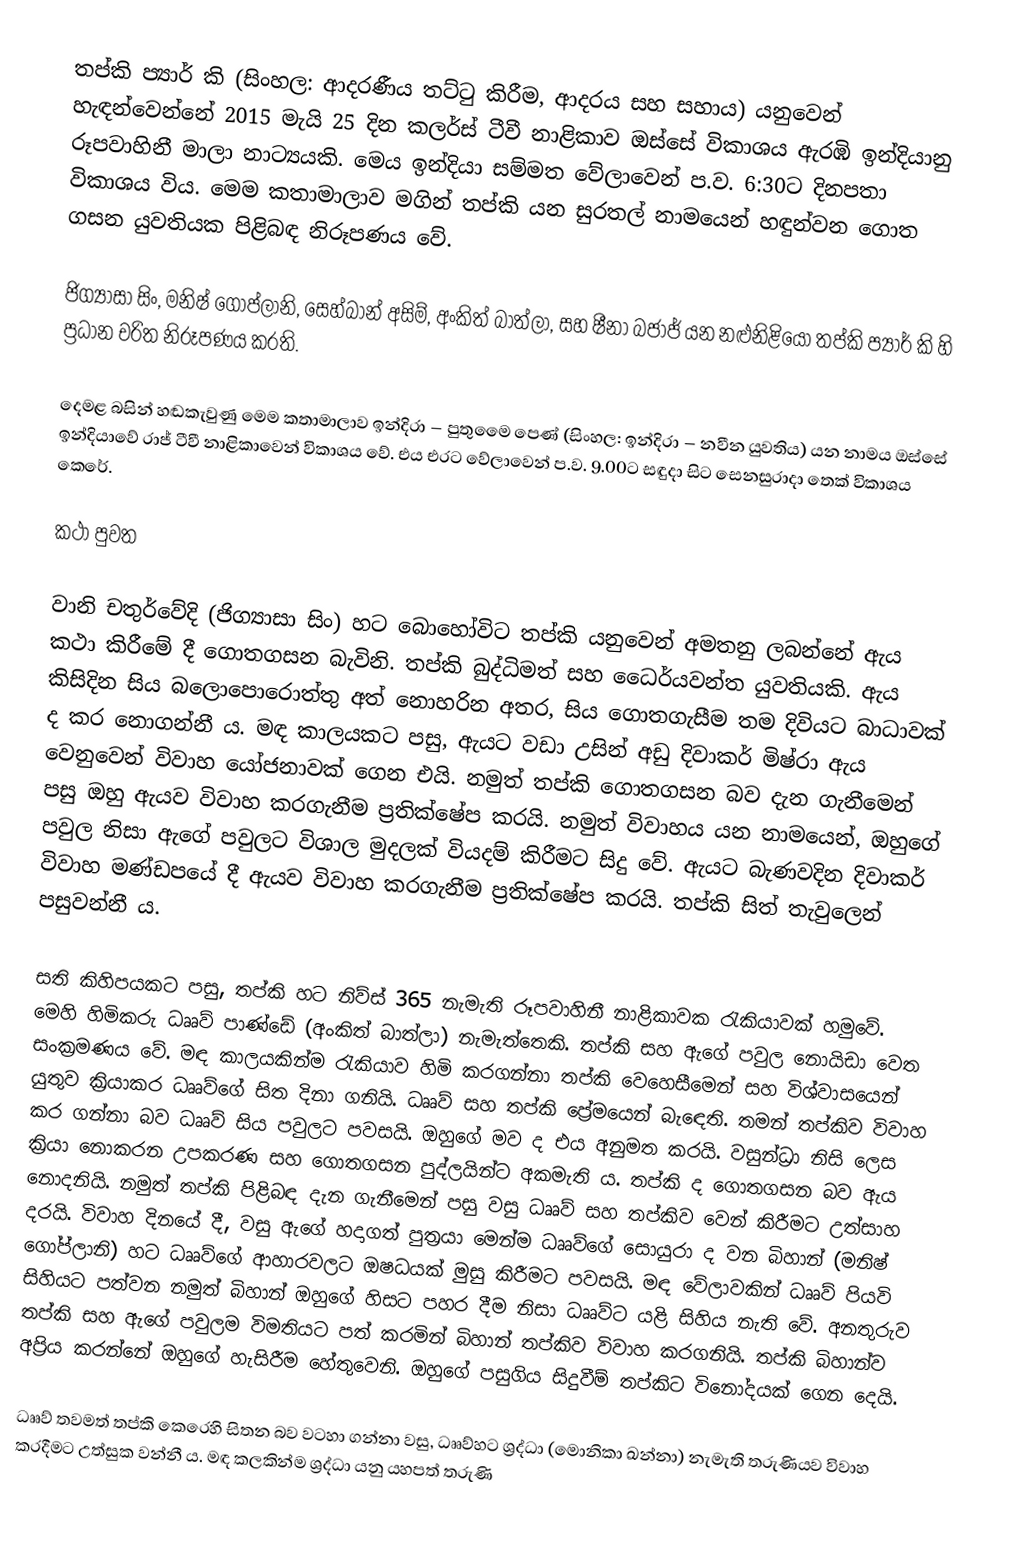
තප්කි ප්‍යාර් කි (සිංහල: ආදරණීය තට්ටු කිරීම, ආදරය සහ සහාය) යනුවෙන් හැඳන්වෙන්නේ 2015 මැයි 25 දින කලර්ස් ටීවී නාළිකාව ඔස්සේ විකාශය ඇරඹි ඉන්දියානු රූපවාහිනී මාලා නාට්‍යයකි. මෙය ඉන්දියා සම්මත වේලාවෙන් ප.ව. 6:30ට දිනපතා විකාශය විය. මෙම කතාමාලාව මගින් තප්කි යන සුරතල් නාමයෙන් හඳුන්වන ගොත ගසන යුවතියක පිළිබඳ නිරූපණය වේ.

ජිග්‍යාසා සිං, මනිෂ් ගොප්ලානි, සෙහ්බාන් අසිම්, අංකිත් බාත්ලා, සහ ෂීනා බජාජ් යන නළුනිළියෝ තප්කි ප්‍යාර් කි හි ප්‍රධාන චරිත නිරූපණය කරති.

දෙමළ බසින් හඬකැවුණු මෙම කතාමාලාව ඉන්දිරා – පුතුමෛ පෙණ් (සිංහල: ඉන්දිරා – නවීන යුවතිය) යන නාමය ඔස්සේ ඉන්දියාවේ රාජ් ටීවී නාළිකාවෙන් විකාශය වේ. එය එරට වේලාවෙන් ප.ව. 9.00ට සඳුදා සිට සෙනසුරාදා තෙක් විකාශය කෙරේ.

කථා පුවත

වානි චතුර්වේදි (ජිග්‍යාසා සිං) හට බො‍හෝවිට තප්කි යනුවෙන් අමතනු ලබන්නේ ඇය කථා කිරීමේ දී ගොතගසන බැවිනි. තප්කි බුද්ධිමත් සහ ධෛර්යවන්ත යුවතියකි. ඇය කිසිදින සිය බලොපොරොත්තු අත් නොහරින අතර, සිය ගොතගැසීම තම දිවියට බාධාවක් ද කර නොගන්නී ය. මඳ කාලයකට පසු, ඇයට වඩා උසින් අඩු දිවාකර් මිෂ්රා ඇය වෙනුවෙන් විවාහ යෝජනාවක් ගෙන එයි. නමුත් තප්කි ගොතගසන බව දැන ගැනීමෙන් පසු ඔහු ඇයව විවාහ කරගැනීම ප්‍රතික්ෂේප කරයි. නමුත් විවාහය යන නාමයෙන්, ඔහුගේ පවුල නිසා ඇගේ පවුලට විශාල මුදලක් වියදම් කිරීමට සිදු වේ. ඇයට බැණවදින දිවාකර් විවාහ මණ්ඩපයේ දී ඇයව විවාහ කරගැනීම ප්‍රතික්ෂේප කරයි. තප්කි සිත් තැවුලෙන් පසුවන්නී ය.

සති කිහිපයකට පසු, තප්කි හට නිව්ස් 365 නැමැති රූපවාහිනී නාළිකාවක රැකියාවක් හමුවේ. මෙහි හිමිකරු ධෲව් පාණ්ඩේ (අංකිත් බාත්ලා) නැමැත්තෙකි. තප්කි සහ ඇගේ පවුල නොයිඩා වෙත සංක්‍රමණය වේ. මඳ කාලයකින්ම රැකියාව හිමි කරගන්නා තප්කි වෙහෙසීමෙන් සහ විශ්වාසයෙන් යුතුව ක්‍රියාකර ධෲව්ගේ සිත දිනා ගනියි. ධෲව් සහ තප්කි ප්‍රේමයෙන් බැ‍ඳෙති‍. තමන් තප්කිව විවාහ කර ගන්නා බව ධෲව් සිය පවුලට පවසයි. ඔහුගේ මව ද එය අනුමත කරයි. වසුන්ධ්‍රා නිසි ලෙස ක්‍රියා නොකරන උපකරණ සහ ගොතගසන පුද්ලයින්ට අකමැති ය. තප්කි ද ගොතගසන බව ඇය නොදනියි‍. නමුත් තප්කි පිළිබඳ දැන ගැනීමෙන් පසු වසු ධෲව් සහ තප්කිව වෙන් කිරීමට උත්සාහ දරයි. විවාහ දිනයේ දී, වසු ඇගේ හදාගත් පුත්‍රයා මෙන්ම ධෲව්ගේ සොයුරා ද වන බිහාන් (මනිෂ් ගෝප්ලානි) හට ධෲව්ගේ ආහාරවලට ඔෂධයක් මුසු කිරීමට පවසයි. මඳ වේලාවකින් ධෲව් පියවි සිහියට පත්වන නමුත් බිහාන් ඔහුගේ හිසට පහර දීම නිසා ධෲව්ට යළි සිහිය නැති වේ. අනතුරුව තප්කි සහ ඇගේ පවුලම විමතියට පත් කරමින් බිහාන් තප්කිව විවාහ කරගනියි. තප්කි බිහාන්ව අප්‍රිය කරන්නේ ඔහුගේ හැසිරීම හේතුවෙනි. ඔහුගේ පසුගිය සිදුවීම් තප්කිට විනෝදයක් ගෙන දෙයි.

ධෲව් තවමත් තප්කි කෙරෙහි සිතන බව වටහා ගන්නා වසු, ධෲව්හට ශ්‍රද්ධා (මොනිකා ඛන්නා) නැමැති තරුණියව විවාහ කරදීමට උත්සුක වන්නී ය. මඳ කලකින්ම ශ්‍රද්ධා යනු යහපත් තරුණි